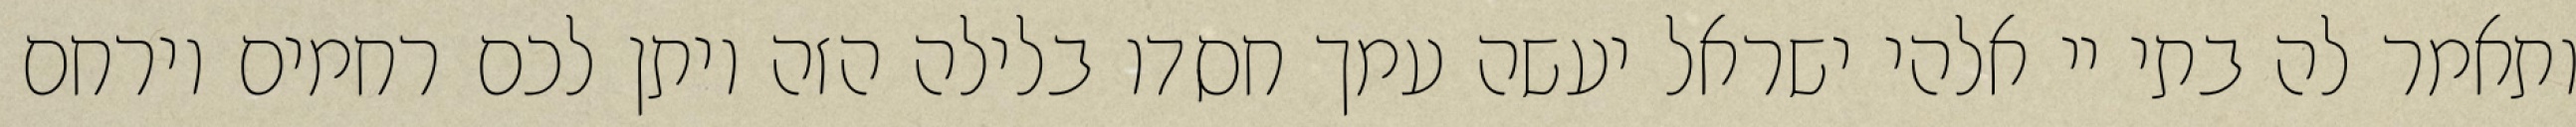
ותאמר לה בתי יי אלהי ישראל יעשה עמך חסדו בלילה הזה ויתן לכם רחמים וירחם